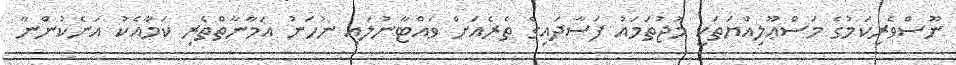
ނޫސްވެރިކަމުގެ މަސްޢޫލިއްޔަތަކީ މުޖުތަމައު ފަސާދައިގެ ތެރެއަށް ވައްޓާނުލައި ނުހަނު އަމާނާތްތެރި ކަމާއެކު އަނެކުންނާ